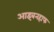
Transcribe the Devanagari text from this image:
आइबनहाफ